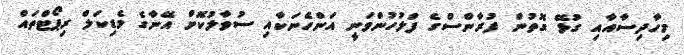
މިހާދިސާއާއި ގުޅޭ ގޮތުން ފުރާންސްގެ ފުލުހުންވަނީ އަންހެނަކާއި ސުވާލުކޮށް އޭނާގެ މެޑިކަލް ރިޕޯޓްތައް